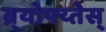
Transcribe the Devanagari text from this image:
ब्र्योफ्य्तेस्